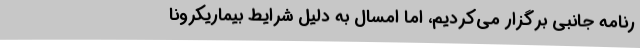
رنامه‌ جانبی برگزار می‌کردیم، اما امسال به دلیل شرایط بیماریکرونا